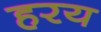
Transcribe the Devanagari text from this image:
हरय